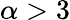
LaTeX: \alpha>3